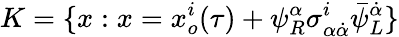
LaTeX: {K}=\{ x:x=x_{o}^{i}(\tau)+\psi_{R}^{\alpha}\sigma_{\alpha\dot{\alpha}}^{i}\bar{\psi}_{L}^{\dot{\alpha}}\}